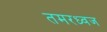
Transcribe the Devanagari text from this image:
तमरध्वज